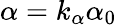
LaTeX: \alpha=k_{\alpha}\alpha_{0}